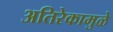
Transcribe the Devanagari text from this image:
अतिरेकामुळे